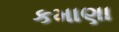
કમાણા